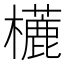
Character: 𣞓